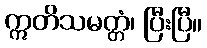
ဣတိသမတ္တံ၊ ပြီးပြီ။